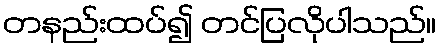
တနည်းထပ်၍ တင်ပြလိုပါသည်။